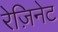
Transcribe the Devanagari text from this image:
रेज़िनेट